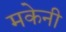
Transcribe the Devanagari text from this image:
मकेनी